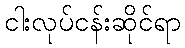
ငါးလုပ်ငန်းဆိုင်ရာ